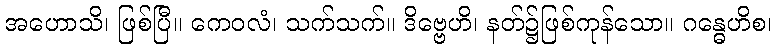
အဟောသိ၊ ဖြစ်ပြီ။ ကေဝလံ၊ သက်သက်။ ဒိဗ္ဗေဟိ၊ နတ်၌ဖြစ်ကုန်သော။ ဂန္ဓေဟိစ၊